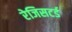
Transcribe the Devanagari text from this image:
रेजिसटर्ड